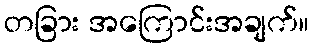
တခြား အကြောင်းအချက်။